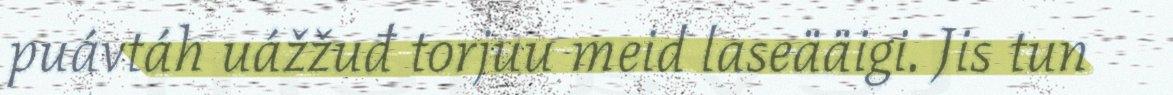
puávtáh uážžuđ torjuu meid laseääigi. Jis tun